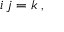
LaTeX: \; i \, j = k \; ,